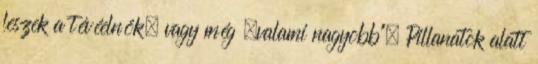
leszek a tévéelnök, vagy még „valami na­gyobb". Pillanatok alatt